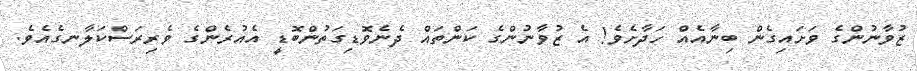
ޒުވާނުންގެ ވަށައިގެން ބިނާއެއް ހަދާށެވެ! އެ ޒުވާނުންގެ ކަންތައް ދެނެވޮޑިގަތުންބޮޑީ އެއުރެންގެ ވެރިރަސްކަލާނގެއެވެ.